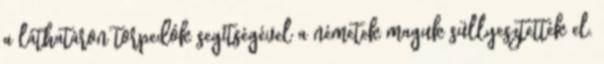
a láthatáron torpedók segítségével a németek maguk süllyesztették el.